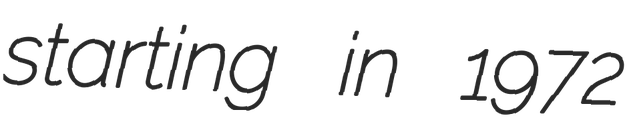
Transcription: starting in 1972